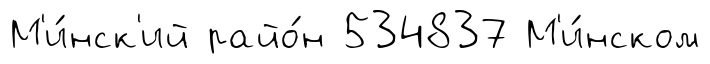
М'и́нск'ий райо́н 534837 М'и́нском